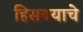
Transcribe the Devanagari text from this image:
हिसक्याचे